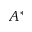
A ^ { \ast }